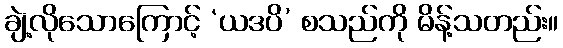
ချဲ့လိုသောကြောင့် ‘ယဒပိ’ စသည်ကို မိန့်သတည်း။